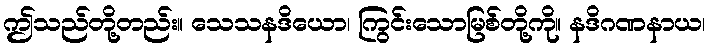
ဤသည်တို့တည်း။ သေသနဒိယော၊ ကြွင်းသောမြစ်တို့ကို။ နဒိဂဏနာယ၊